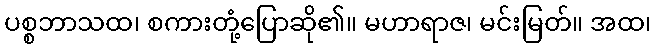
ပစ္စဘာသထ၊ စကားတုံ့ပြောဆို၏။ မဟာရာဇ၊ မင်းမြတ်။ အထ၊